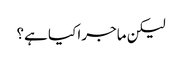
لیکن ماجرا کیا ہے؟